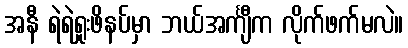
အနီ ရဲရဲရှုးဖိနပ်မှာ ဘယ်အင်္ကျီက လိုက်ဖက်မလဲ။